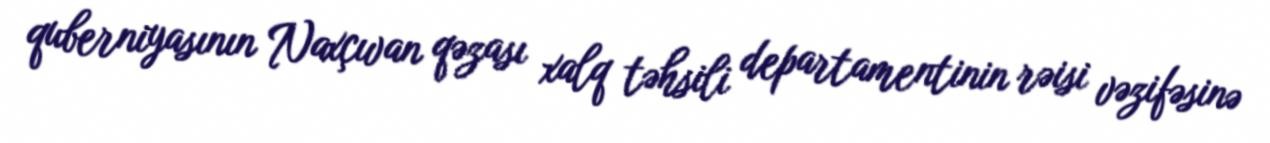
quberniyasının Naxçıvan qəzası xalq təhsili departamentinin rəisi vəzifəsinə